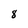
Character: 8